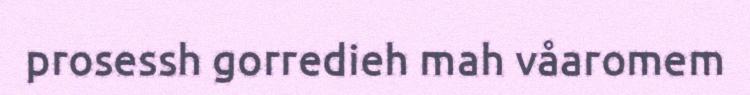
prosessh gorredieh mah våaromem